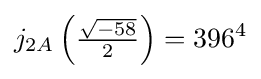
j_{2A}\left({\tfrac {\sqrt {-58}}{2}}\right)=396^{4}